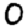
Digit: 0